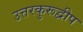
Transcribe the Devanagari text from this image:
उत्तरकुरूद्वीप